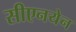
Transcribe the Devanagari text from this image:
सीएनयेन